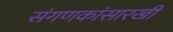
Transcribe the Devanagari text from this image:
संगणकांसारखी